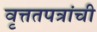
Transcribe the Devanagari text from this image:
वृत्ततपत्रांची